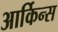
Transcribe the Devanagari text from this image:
आर्किन्स